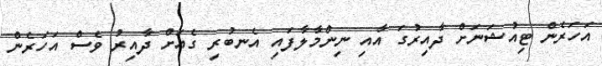
އަހަރެން ޓިއުޝަނަށް ދާއިރުގަ އާއި ނިންމާލާފައި އެނބުރި ގެއަށް ދާއިރު ވެސް އަހަރެން